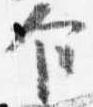
乍